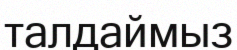
талдаймыз